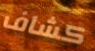
كشاف